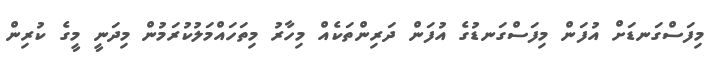
މިފަސްގަނޑަށް އުފަން މިފަސްގަނޑުގެ އުފަން ދަރިންތަކެއް މިހާރު މިތަހައްމަލުކުރަމުން މިދަނީ މީގެ ކުރިން